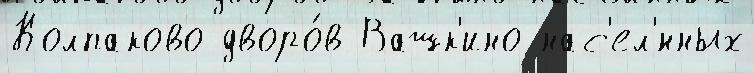
Колпаково дворо́в Вашк'ино нас'ел'́нных